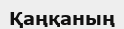
Қаңқаның